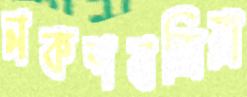
নকশবন্দিয়া